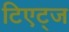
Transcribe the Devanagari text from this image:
टिएट्ज